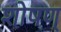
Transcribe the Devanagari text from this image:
शोषण्